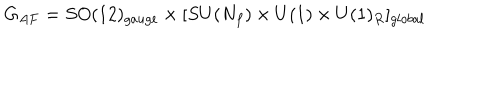
LaTeX: G _ { A F } = S O ( 1 2 ) _ { g a u g e } \times [ S U ( N _ { f } ) \times U ( 1 ) \times U ( 1 ) _ { R } ] _ { g l o b a l }